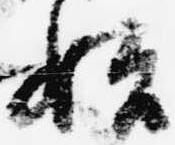
始